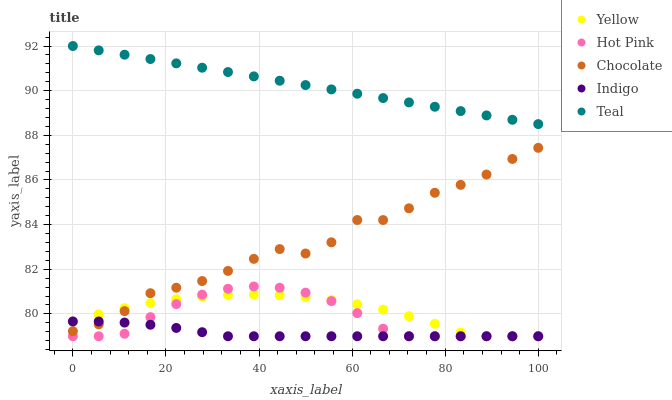
| xaxis_label | Yellow | Hot Pink | Chocolate | Indigo | Teal |
 | --- | --- | --- | --- | --- | --- |
 | 0 | 79.7 | 79 | 79.2 | 79.7 | 92 |
 | 5.56 | 80 | 79 | 79.5 | 79.7 | 91.8 |
 | 11.1 | 80.3 | 79.1 | 80.1 | 79.6 | 91.6 |
 | 16.7 | 80.5 | 79.9 | 80.9 | 79.5 | 91.4 |
 | 22.2 | 80.7 | 80.4 | 81.2 | 79.4 | 91.2 |
 | 27.8 | 80.8 | 80.9 | 81.5 | 79.2 | 91 |
 | 33.3 | 80.9 | 81.1 | 81.9 | 79 | 90.8 |
 | 38.9 | 80.9 | 81.2 | 82.5 | 79 | 90.6 |
 | 44.4 | 80.8 | 81.2 | 82.9 | 79 | 90.4 |
 | 50 | 80.8 | 81 | 82.7 | 79 | 90.3 |
 | 55.6 | 80.6 | 80.6 | 83.2 | 79 | 90.1 |
 | 61.1 | 80.4 | 80 | 84.2 | 79 | 89.9 |
 | 66.7 | 80.2 | 79.3 | 84.2 | 79 | 89.7 |
 | 72.2 | 79.9 | 79 | 84.7 | 79 | 89.5 |
 | 77.8 | 79.6 | 79 | 85.4 | 79 | 89.3 |
 | 83.3 | 79.2 | 79 | 85.8 | 79 | 89.1 |
 | 88.9 | 79 | 79 | 86.2 | 79 | 88.9 |
 | 94.4 | 79 | 79 | 86.9 | 79 | 88.7 |
 | 100 | 79 | 79 | 87.4 | 79 | 88.5 |